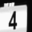
Digit: 4